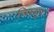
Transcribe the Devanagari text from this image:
त्रिस्सूर